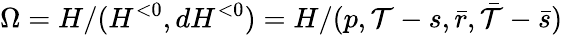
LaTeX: \Omega=H/(H^{<0},dH^{<0})=H/(p,\mathcal{T}-s,\bar{{r}},\bar{{\mathcal{T}}}-\bar{{s}})